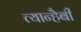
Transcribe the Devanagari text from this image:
त्यान्हैबी